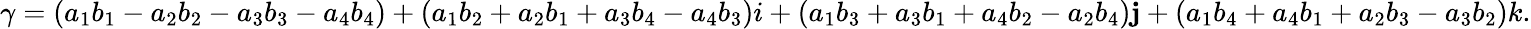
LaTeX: \gamma=(a_{1}b_{1}-a_{2}b_{2}-a_{3}b_{3}-a_{4}b_{4})+(a_{1}b_{2}+a_{2}b_{1}+a_{3}b_{4}-a_{4}b_{3})i+(a_{1}b_{3}+a_{3}b_{1}+a_{4}b_{2}-a_{2}b_{4})\mathbf{j}+(a_{1}b_{4}+a_{4}b_{1}+a_{2}b_{3}-a_{3}b_{2})k.